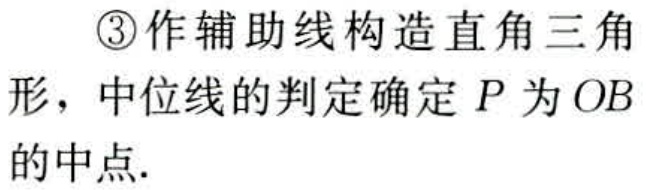
\textcircled{3}作辅助线构造直角三角形，中位线的判定确定 \(P\) 为 \(OB\) 的中点.